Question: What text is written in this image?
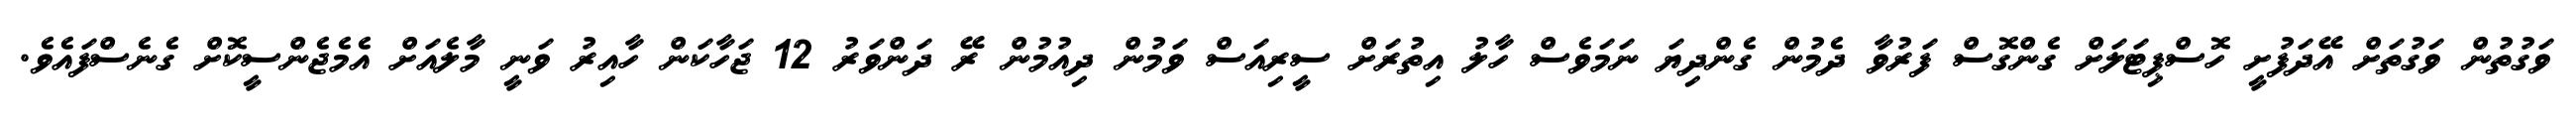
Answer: ވަގުތުން ވަގުތަށް އޭދަފުށީ ހޮސްޕިޓަލަށް ގެންގޮސް ފަރުވާ ދެމުން ގެންދިޔަ ނަމަވެސް ހާލު އިތުރަށް ސީރިއަސް ވަމުން ދިއުމުން ރޭ ދަންވަރު 12 ޖަހާކަން ހާއިރު ވަނީ މާލެއަށް އެމެޖެންސީކޮށް ގެނެސްފައެވެ.